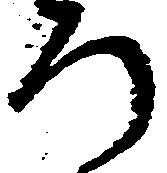
ろ